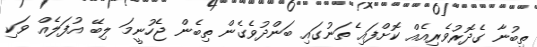
ތިބުނާ ގެދޮރުވެރިއެއް ކޮށްފައި ެތަނުގައި ބަންދުވެގެން ތިބެން ޖެހުނީމަ ލިބޭ އުފަލެއް ވަކި